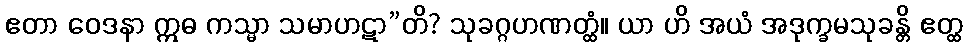
ဧတာ ဝေဒနာ ဣဓ ကသ္မာ သမာဟဋာ”တိ? သုခဂ္ဂဟဏတ္ထံ။ ယာ ဟိ အယံ အဒုက္ခမသုခန္တိ ဧတ္ထ